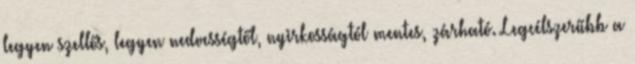
legyen szellős, legyen nedvességtől, nyirkosságtól mentes, zárható. Legcélszerűbb a